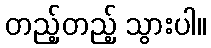
တည့်တည့် သွားပါ။